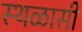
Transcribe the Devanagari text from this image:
स्थळासी